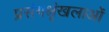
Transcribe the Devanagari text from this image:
प्रसंगश्रृंखलाओं